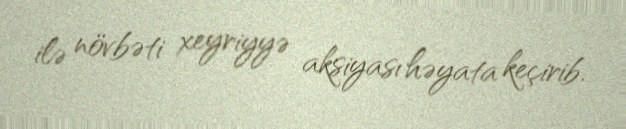
ilə növbəti xeyriyyə aksiyası həyata keçirib.